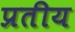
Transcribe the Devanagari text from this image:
प्रतीय